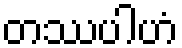
တဿပါဟံ